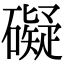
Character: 礙